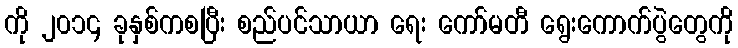
ကို ၂၀၁၄ ခုနှစ်ကစပြီး စည်ပင်သာယာ ရေး ကော်မတီ ရွေးကောက်ပွဲတွေကို